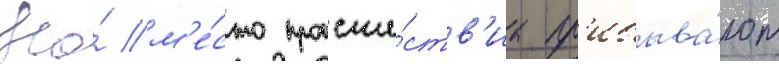
На́ м'е́сто происше́ств'иа пр'ибыва́ют